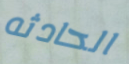
الحادثه